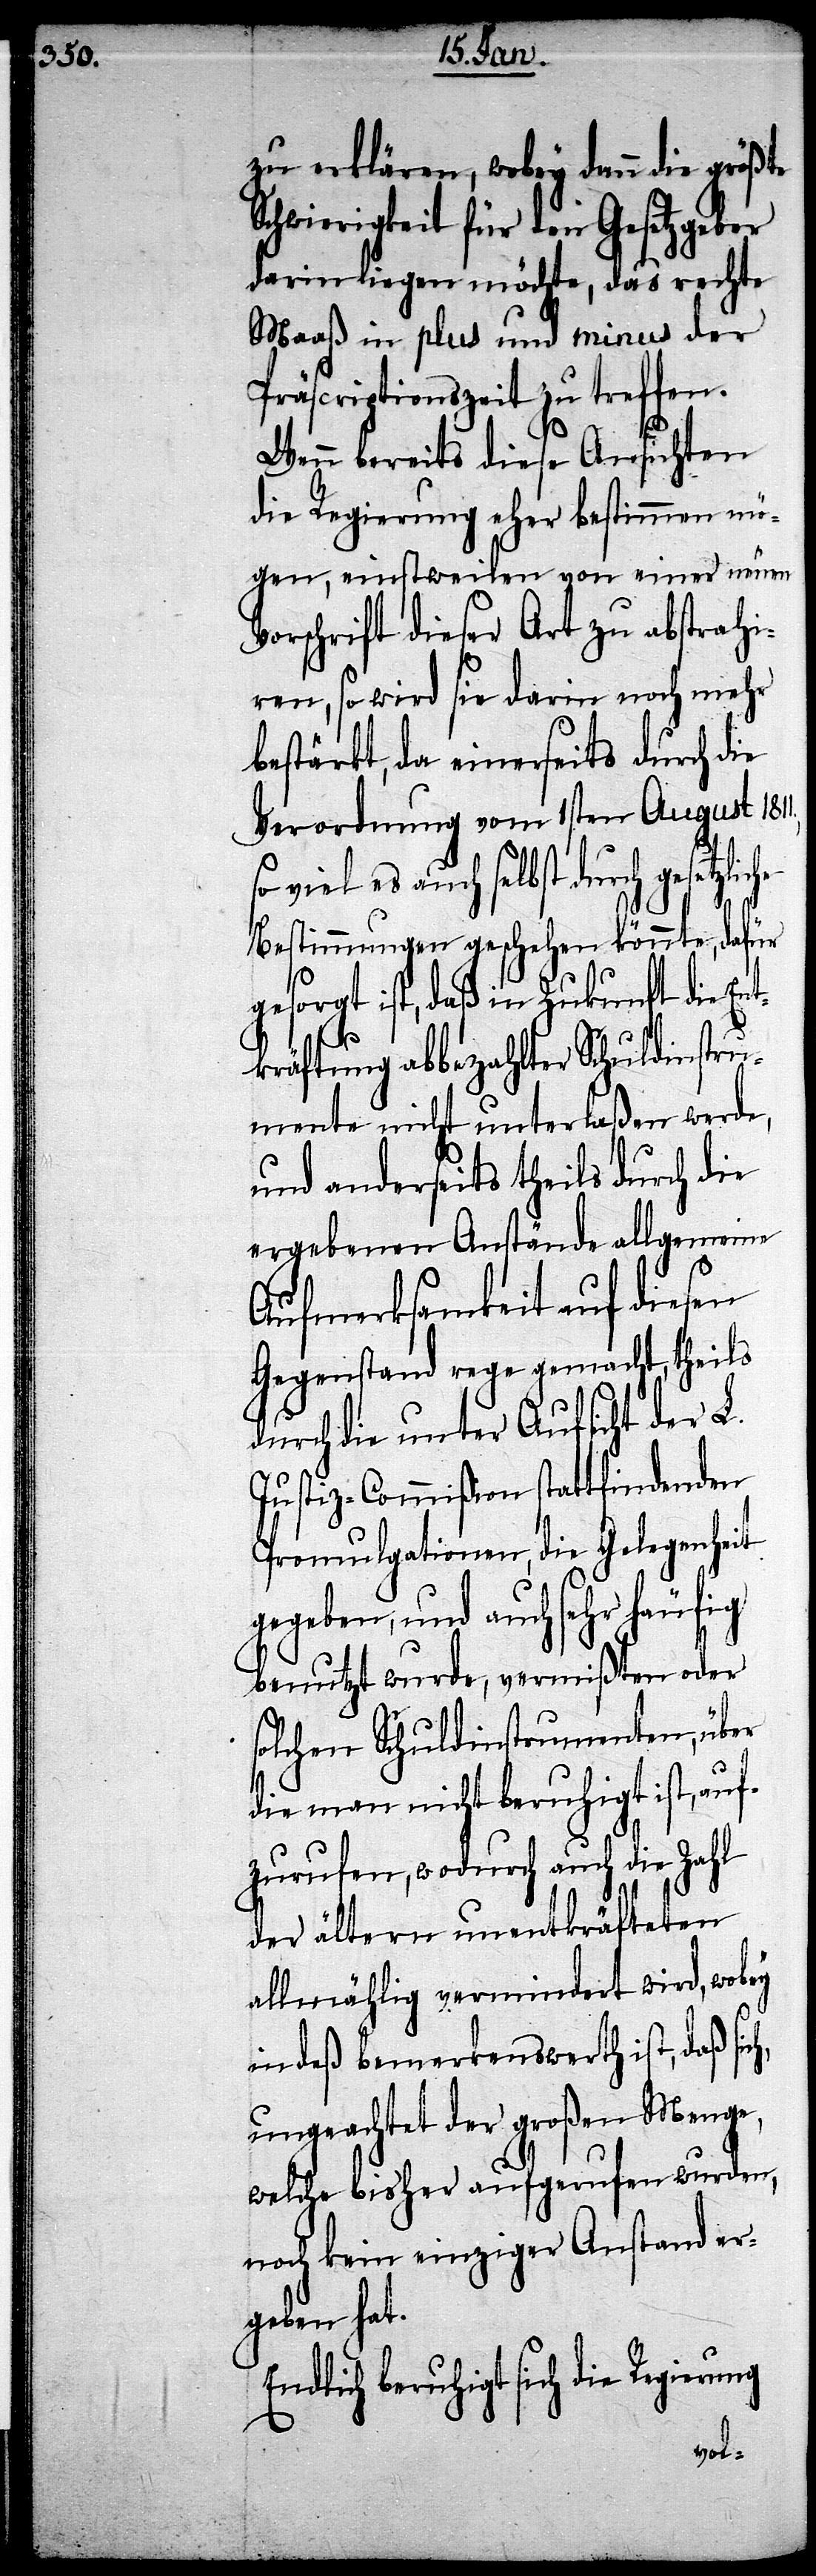
zu erklären, wobey dann die größte
Schwierigkeit für den Gesetzgeber
darin liegen möchte, das rechte
Maaß in plus und minus der
Präscriptionszeit zu treffen.
Wenn bereits diese Ansichten
die Regierung eher bestimmen mö¬
gen, einstweilen von einer neuen
Vorschrift dieser Art zu abstrahi¬
ren, so wird sie darin noch mehr
bestärkt, da einerseits durch die
Verordnung vom 1sten August 1811.
so viel es auch selbst
Bestimmungen geschehen könnte, dafür
gesorgt ist, daß in Zukunft die En¬
tkräftung abbezahlter Schuldinstru¬
mente nicht unterlaßen werde,
und anderseits theils durch die
ergebenen Anstände allgemeine
Aufmerksamkeit auf diesen
Gegenstand rege gemacht, theils
durch die unter Aufsicht der L.
Justiz-Commißion stattfindenden
Promulgationen, die Gelegenheit
gegeben, und auch sehr häufig
benutzt wurde, vermißten oder
solchen Schuldinstrumenten, über
die man nicht beruhigt ist, auf¬
zurufen, wodurch auch die Zahl
der ältern unentkräfteten
allmählig vermindert wird, wobey
indeß bemerkenswerth ist, daß si¬
ungeachtet der großen Menge,
welche bisher aufgerufen wurden,
noch kein einziger Anstand er¬
geben hat.
Endlich beruhigt sich die
ch,